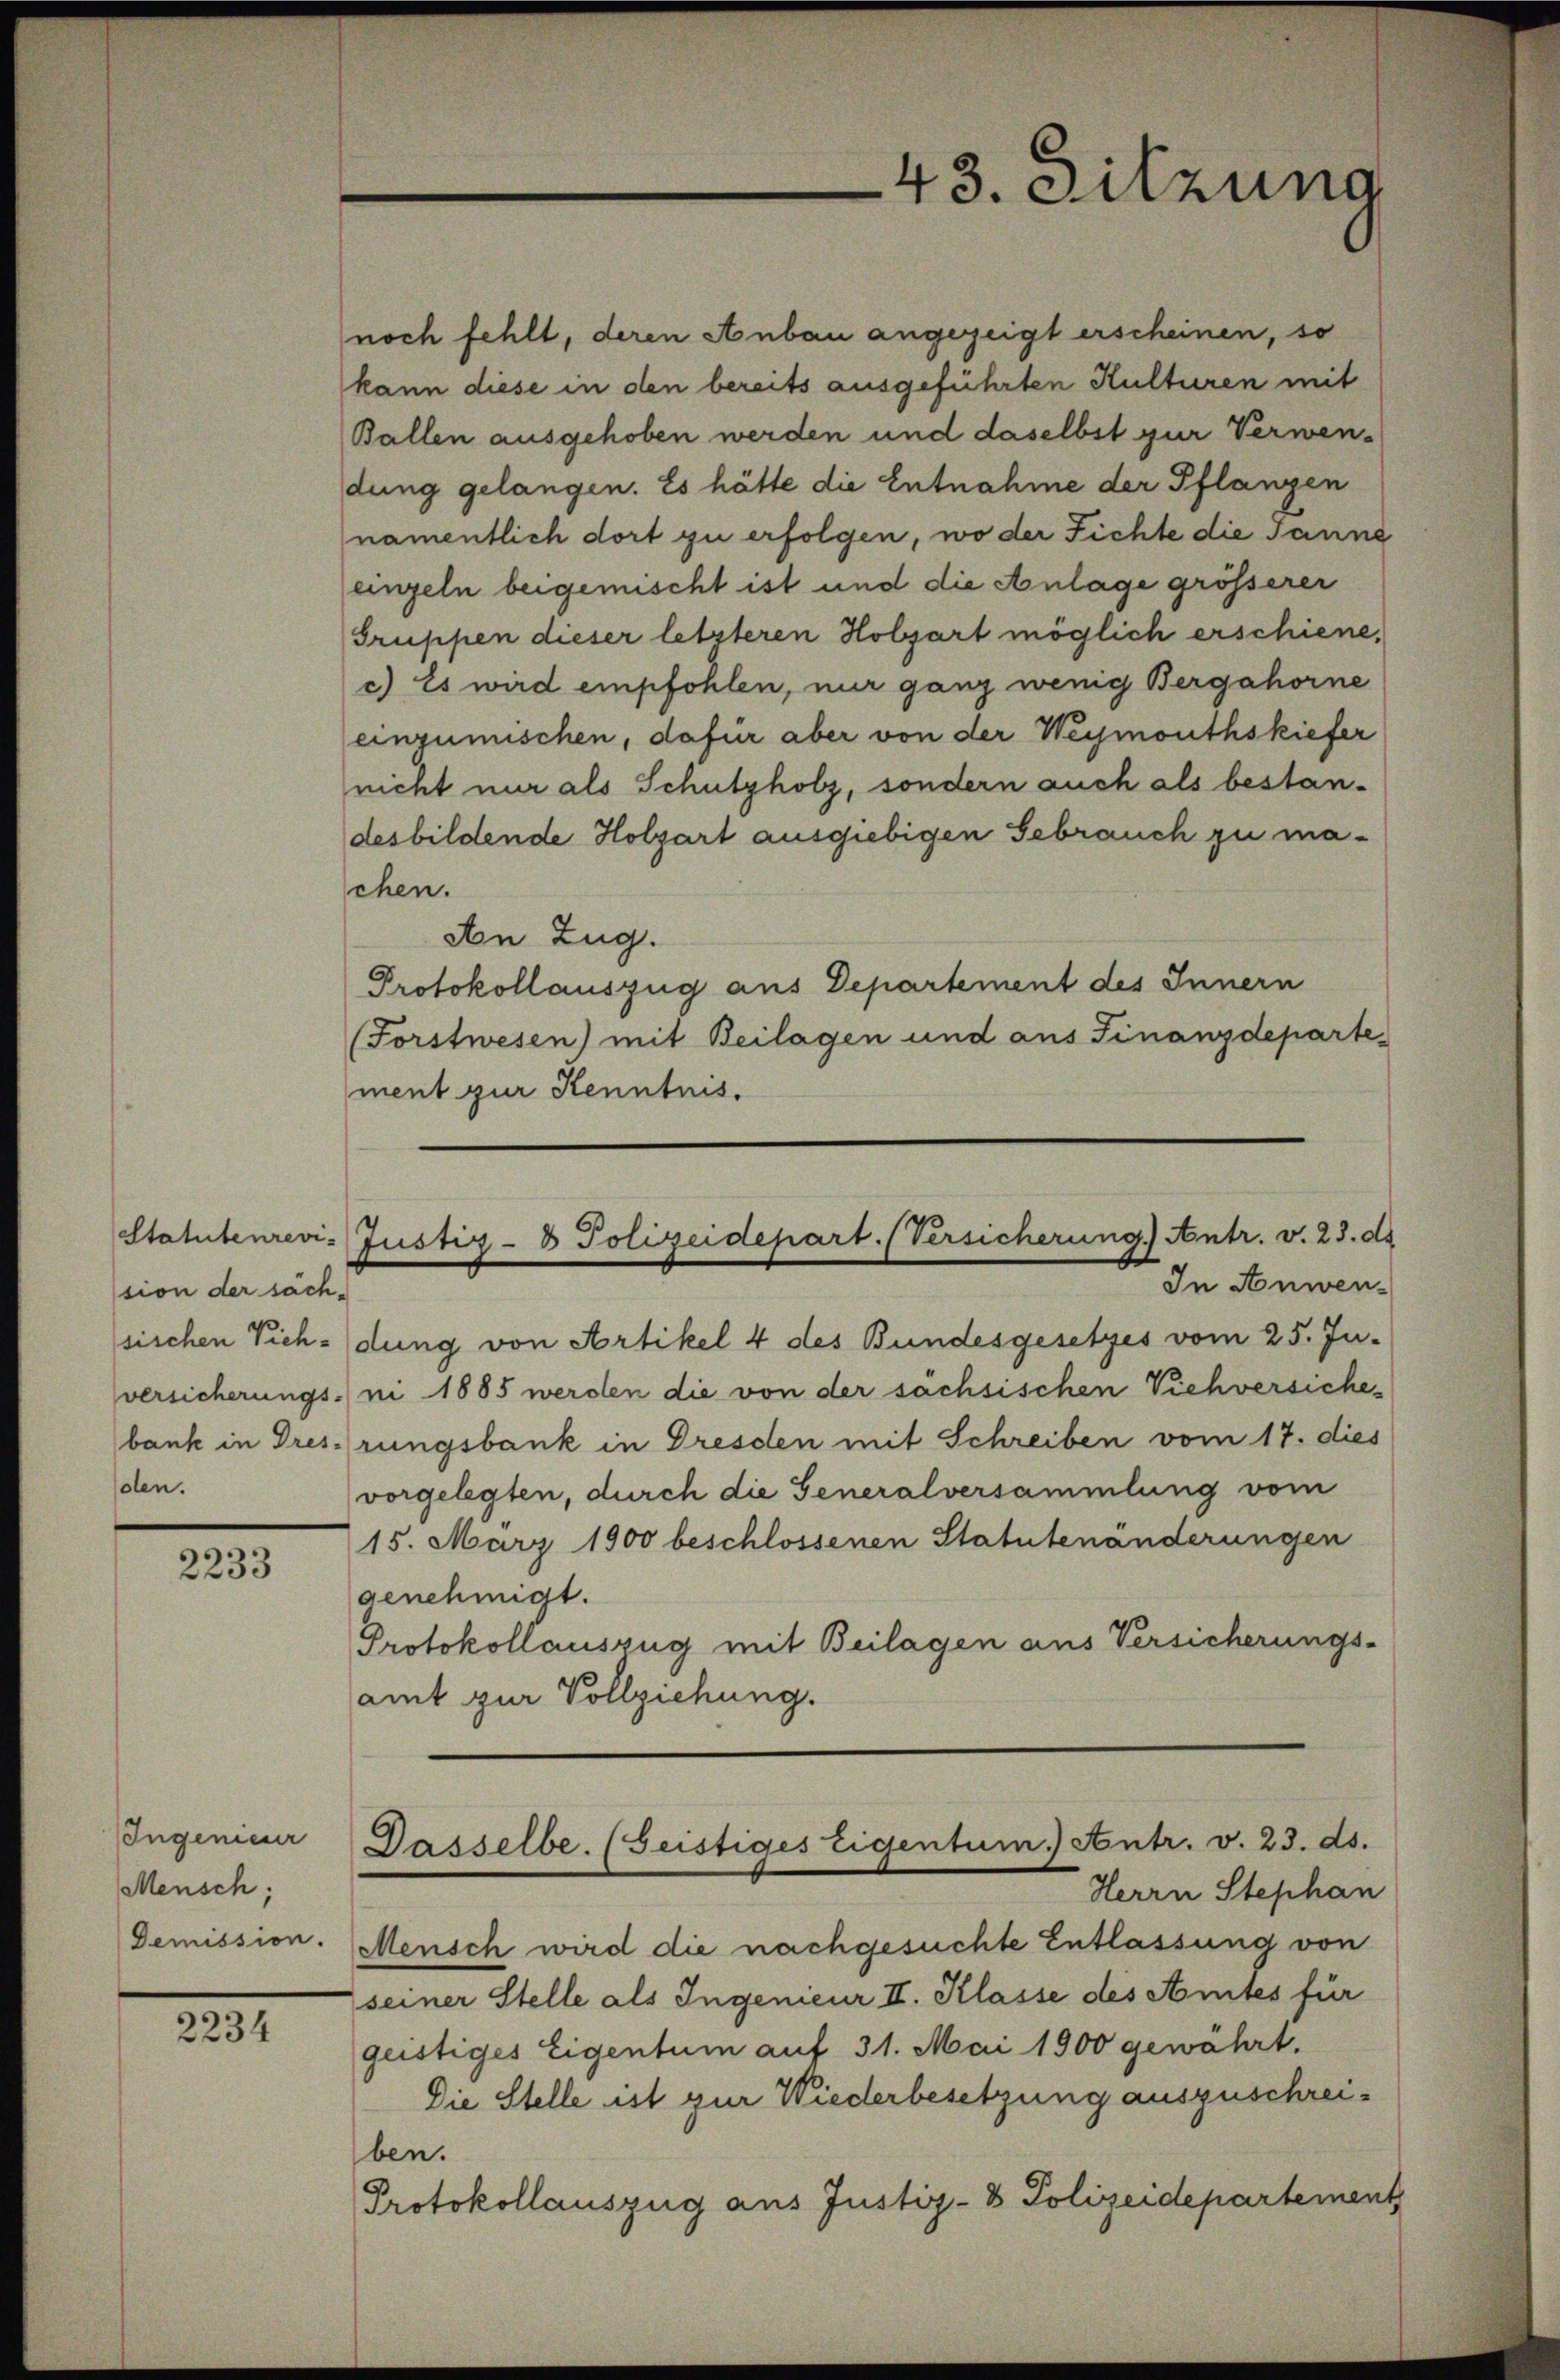
Statutenrevi-
ssion der sächsolen.

2233

Ingenieur
Mensch;
Demission.

2234

noch fehlt, deren Anbau angezeigt erscheinen, so
kann diese in den bereits ausgeführten Kulturen mit
Ballen ausgehoben werden und daselbst zur Verwen-
dung gelangen. Es hätte die Entnahme der Pflanzen
namentlich dort zu erfolgen, wo der Fichte die Janne
einzeln beigemischt ist und die Anlage grösserer
Gruppen dieser letzteren Holzart möglich erschiene,
c) Es wird empfohlen, nur ganz wenig Bergahorne
einzumischen, dafür aber von der Weymouthskiefer
nicht nur als Schutzholz, sondern auch als bestandesbildende Holzart ausgiebigen Gebrauch zu masehen.
An Zug.
Protokollauszug aus Departement des Innern
(Forstwesen) mit Beilagen und aus Finanzdepartement zur Kenntnis.

ssischen Vich-dung von Artikel 4 des Bundesgesetzes vom 25. Juversicherungs- ni 1885 werden die von der sachsischen Viehversichebank in Dres-rungsbank in Dresden mit Schreiben vom 17. dies
vorgelegten, durch die Generalversammlung vom
15. März 1900 beschlossenen Statutenänderungen
genehmigt.
Protokollauszug mit Beilagen aus Versicherungs-
amt zur Vollziehung.

43. Sitzung

Justiz- & Polizeidepart. (Versicherung.) Antr. v. 23. ds
In Anwen¬

Gasselbe. (Seistiges Eigentum.) Antr. v. 23. ds.
Herrn Stephan

Mensch wird die nachgesuchte Entlassung von
seiner Stelle als Ingenieur II. Klasse des Amtes für
geistiges Eigentum auf 31. Mai 1900 gewahrt.
Die Stelle ist zur Wiederbesetzung auszuschreiben.
Protokollauszug aus Justiz- & Polizeidepartement